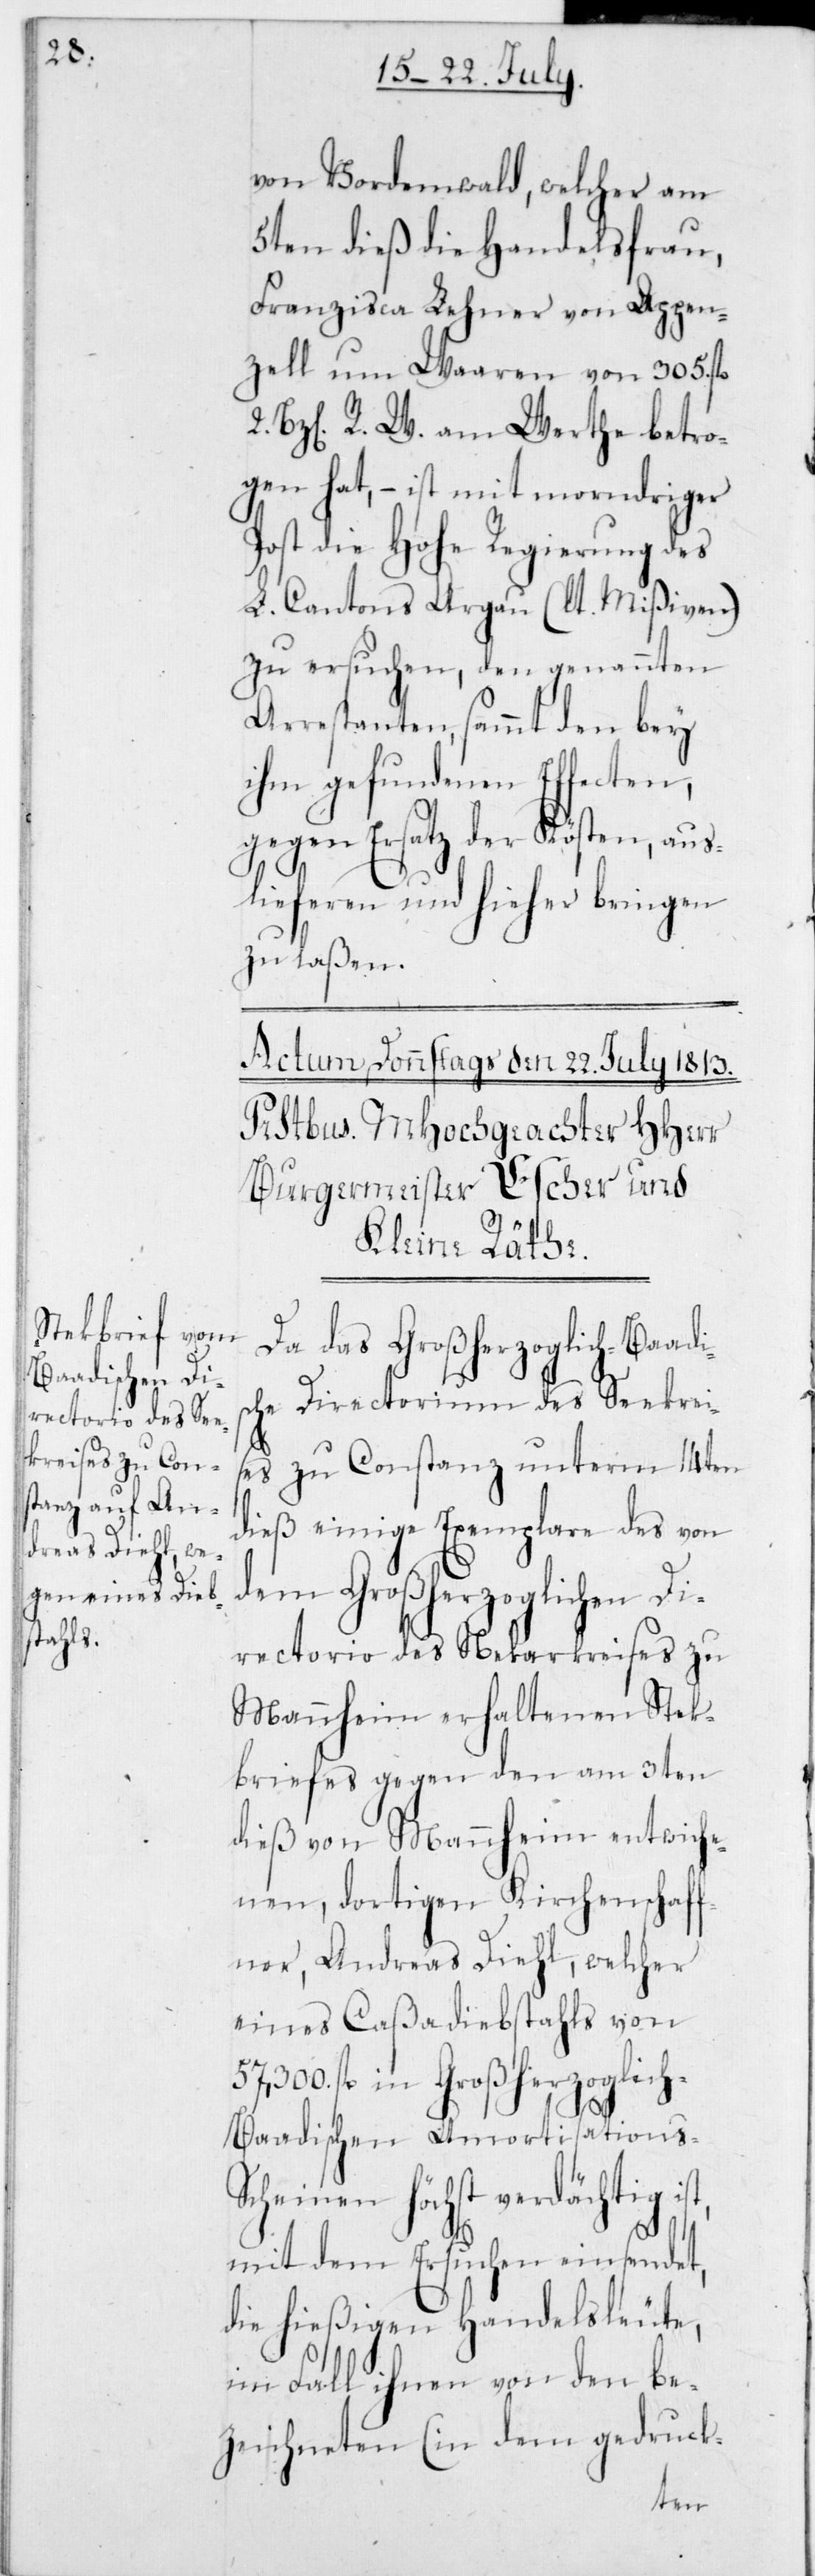
von Vordemwald, welcher am
5ten dieß die Handelsfrau,
Franzisca Lehner von Appen¬
zell um Waaren von 305 fl.
2 Bz[en] R. W. am Werthe betro¬
gen hat, – ist mit morndriger
Post die Hohe Regierung des
L. Cantons Aargau (lt. Mißiven)
zu ersuchen, den genannten
Arrestanten, sammt den bey
ihm gefundenen Effecten,
gegen Ersatz der Kösten, aus¬
lieferen und hieher bringen
zu laßen.
Da das Großherzoglich-Baadi¬
sche Directorium des Seekrei¬
ses zu Constanz unterm 14ten
dieß einige Exemplare des von
dem Großherzoglichen Di¬
rectorio des Nekarkreises zu
Mannheim erhaltenen Stek¬
briefes gegen den am 3ten
dieß von Mannheim entwich¬
enen, dortigen Kirchenschaf¬
fner, Andreas Diehl, welcher
eines Caßadiebstahls von
57'300 fl. in Großherzoglic¬
h-Baadischen Amortisations-S¬
cheinen höchst verdächtig
mit dem Ersuchen einsendet,
die hießigen Handelsleute,
im Fall ihnen von den be¬
zeichneten (in dem gedruck-